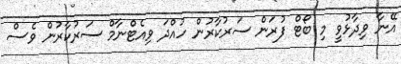
އޭނާ ވިދާޅުވީ މި ބޯޓް ފުރަން ސަރުކާރުން ހުއްދަ ވިއެޓްނާމް ސަރުކާރުން ވެސް